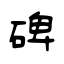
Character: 碑